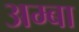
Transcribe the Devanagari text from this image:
अम्‍बा